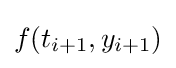
f(t_{i+1},y_{i+1})